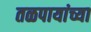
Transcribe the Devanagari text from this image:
तळपायांच्या